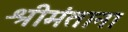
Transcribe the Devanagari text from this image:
श्रीमंताना